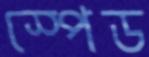
স্পেড